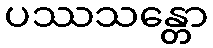
ပဿသန္တော